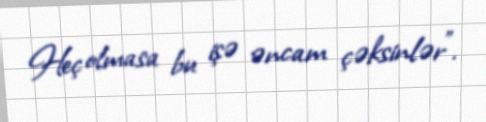
Heç olmasa bu işə əncam çəksinlər".